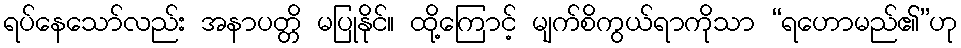
ရပ်နေသော်လည်း အနာပတ္တိ မပြုနိုင်။ ထို့ကြောင့် မျက်စိကွယ်ရာကိုသာ “ရဟောမည်၏”ဟု